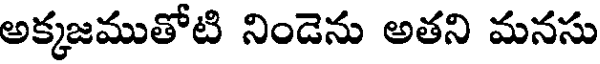
అక్కజముతోటి నిండెను అతని మనసు